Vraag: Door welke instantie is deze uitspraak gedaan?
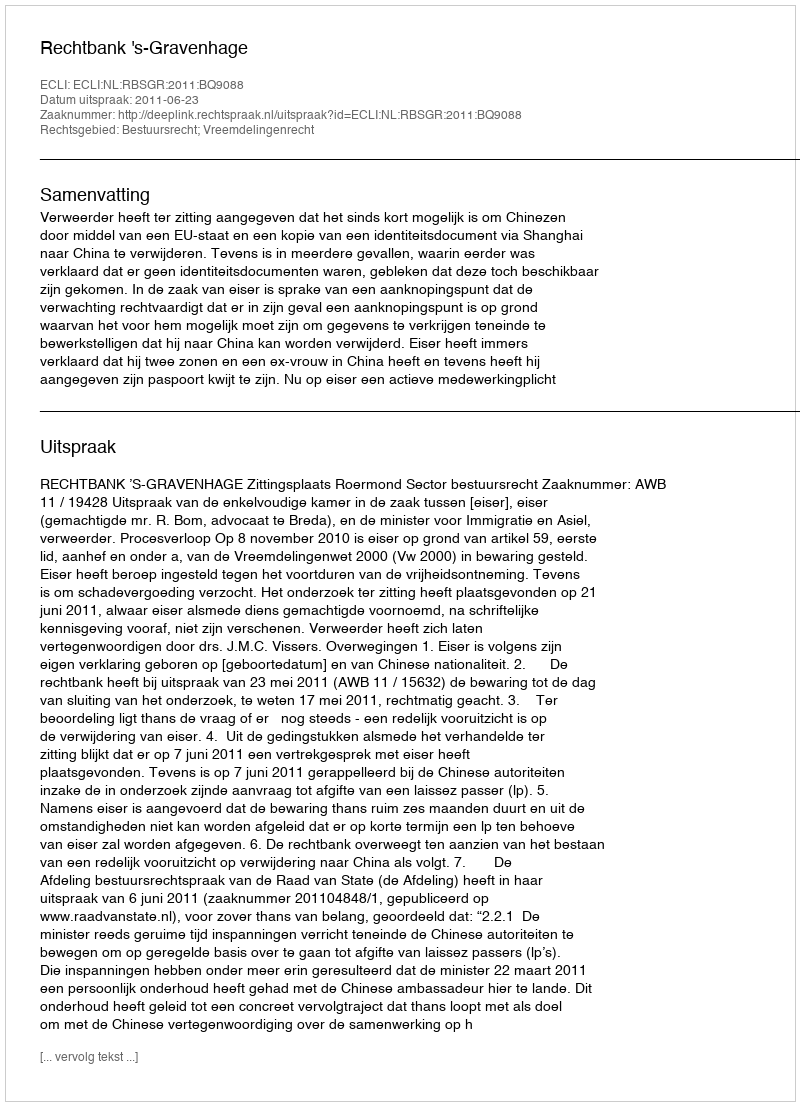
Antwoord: Rechtbank 's-Gravenhage